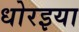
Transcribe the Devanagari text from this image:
धोरइया